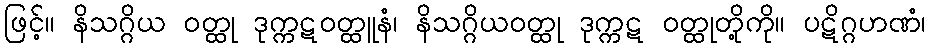
ဖြင့်။ နိသဂ္ဂိယ ဝတ္ထု ဒုက္ကဋဝတ္ထူနံ၊ နိသဂ္ဂိယဝတ္ထု ဒုက္ကဋ ဝတ္ထုတို့ကို။ ပဋိဂ္ဂဟဏံ၊